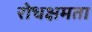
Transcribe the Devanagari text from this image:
रोधक्षमता